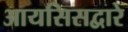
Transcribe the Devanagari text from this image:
आयसिसद्वारे